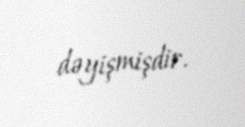
dəyişmişdir.